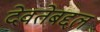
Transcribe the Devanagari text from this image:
देवतेबद्दल